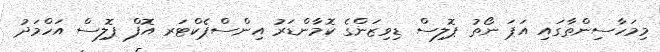
މިމަހާސިންތާގައި އަޕަ ނޯތު ޕޮލިސް ޑިވިޒަންގެ ކޮމާންޑަރު އިންސްޕެކްޓަރ އޮފް ޕޮލިސް އަހްމަދު